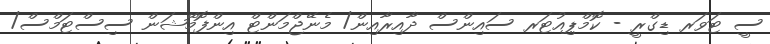
ސީ ޓަވަރ ޑިގްރީ - ކޮމްޕިއުޓަރ ސައިންސް ދާއިރާއިން/ މެނޭޖްމަންޓް އިންފޮމޭޝަން ސިސްޓަމްސް/